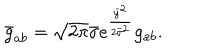
\bar { g } _ { a b } = \sqrt { 2 \pi } \bar { \sigma } e ^ { \frac { \bar { y } ^ { 2 } } { 2 \bar { \sigma } ^ { 2 } } } g _ { a b } .